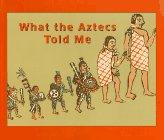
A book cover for What the Aztecs Told Me; Krystyna Libura; Children's Books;